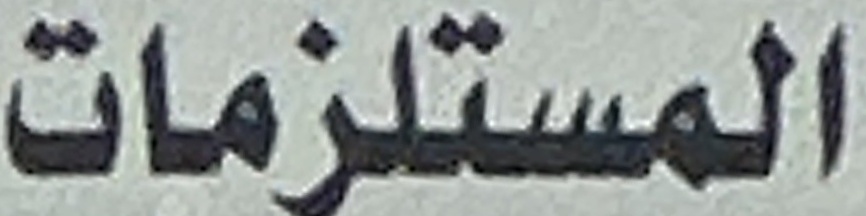
المستلزمات